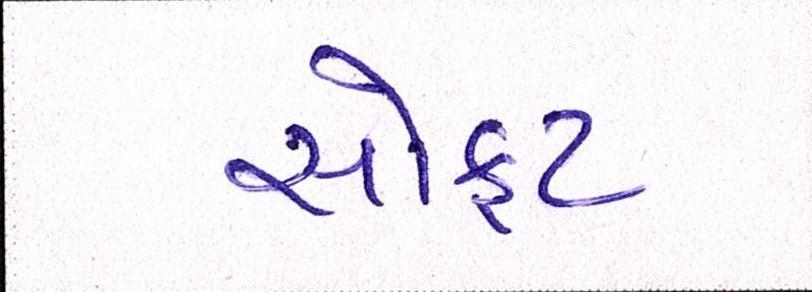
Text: સોફ્ટ